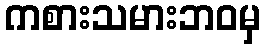
ကစားသမားဘဝမှ